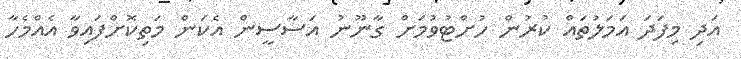
އަދި މިފަދަ އަމަލުތައް ކުރުން ހުށްޓުވުމަށް ގާނޫނު އަސާސީން އެކަން މަތިކޮށްފައިވާ އެއްމެހާ